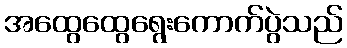
အထွေထွေရွေးကောက်ပွဲသည်